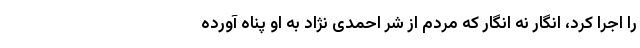
را اجرا کرد، انگار نه انگار که مردم از شر احمدی نژاد به او پناه آورده